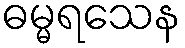
ဓမ္မရသေန